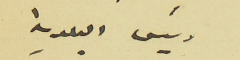
رئيس البلدية